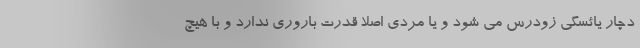
دچار یائسگی زودرس می شود و یا مردی اصلا قدرت باروری ندارد و با هیچ